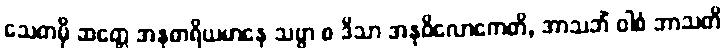
သေတမှိ ဆတ္တေ အနုဓာရိယမာနေ သဗ္ဗာ စ ဒိသာ အနုဝိလောကေတိ, အာသဘိံ ဝါစံ ဘာသတိ